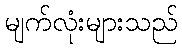
မျက်လုံးများသည်